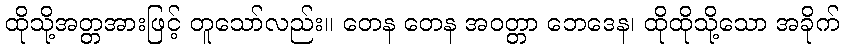
ထိုသို့အတ္တအားဖြင့် တူသော်လည်း။ တေန တေန အဝတ္တာ ဘေဒေန၊ ထိုထိုသို့သော အခိုက်